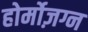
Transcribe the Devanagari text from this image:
होर्मोज़ग्न